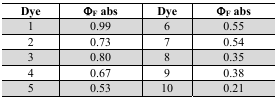
<table><thead><tr><td><b>Dye</b></td><td><b>Φ<sub>F</sub> abs</b></td><td><b>Dye</b></td><td><b>Φ<sub>F</sub> abs</b></td></tr></thead><tbody><tr><td>1</td><td>0.99</td><td>6</td><td>0.55</td></tr><tr><td>2</td><td>0.73</td><td>7</td><td>0.54</td></tr><tr><td>3</td><td>0.80</td><td>8</td><td>0.35</td></tr><tr><td>4</td><td>0.67</td><td>9</td><td>0.38</td></tr><tr><td>5</td><td>0.53</td><td>10</td><td>0.21</td></tr></tbody></table>